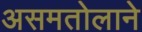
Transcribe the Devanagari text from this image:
असमतोलाने